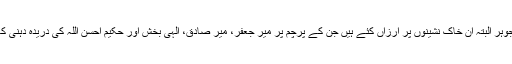
قادر الکلامی کے جوہر البتہ ان خاک نشینوں پر ارزاں کئے ہیں جن کے پرچم پر میر جعفر، میر صادق، الہیٰ بخش اور حکیم احسن اللہ کی دریدہ دہنی کا تھوک جم گیا ہے۔